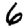
Digit: 6